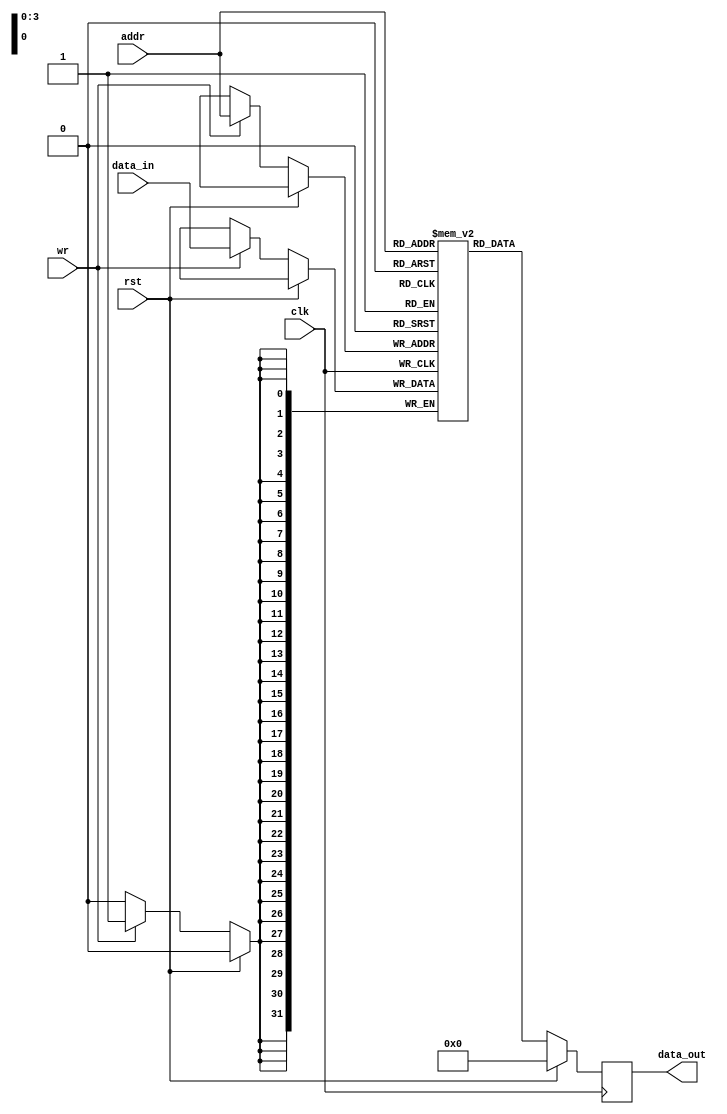
//============================================================================//
//                                                                            //
//      Syncronous single-port BRAM                                           //
//                                                                            //
//      Module name: bram_sync_sp                                             //
//      Desc: parameterized, syncronous, single-port block ram                //
//      Developer: Wesley New                                                 //
//      Licence: GNU General Public License ver 3                             //
//      Notes: Developed from a combiniation of bram implmentations           //
//                                                                            //
//============================================================================//

module bram_sync_sp #(
       //=============
       // Parameters
       //=============
       parameter RAM_DATA_WIDTH = 32,
       parameter RAM_ADDR_WIDTH = 4
   ) (
       //========
       // Ports
       //========
       input  wire                      clk,
       input  wire                      rst,
       input  wire                      wr,
       input  wire [RAM_ADDR_WIDTH-1:0] addr,
       input  wire [RAM_DATA_WIDTH-1:0] data_in,
       output reg  [RAM_DATA_WIDTH-1:0] data_out
   );

   //=========
   // Memory
   //=========
   reg [RAM_DATA_WIDTH-1:0] mem [(2**RAM_ADDR_WIDTH)-1:0];
   

   always @(posedge clk) begin
      if (`ifdef ACTIVE_LOW_RST !rst `else rst `endif) begin
         data_out <= {RAM_DATA_WIDTH{1'b0}};
      end
      else begin
         data_out <= mem[addr];
         if (wr) begin
            mem[addr] <= data_in;
         end
      end
   end
endmodule